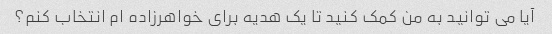
آیا می توانید به من کمک کنید تا یک هدیه برای خواهرزاده ام انتخاب کنم؟